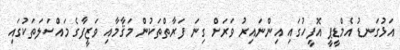
އަޅުގަނޑު އެމްޑީޕީ އޮފީހުގައި އިންނައިރު ވަރަށް ގިނަ ފަރާތްތަކުން މަޤާމާއި ވަޒީފާގެ މައްސަލަތަކުގައި